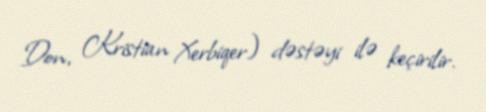
Don, Kristian Xerbiqer) dəstəyi ilə keçirilir.